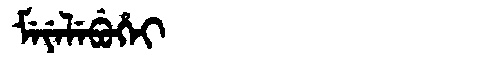
Manchu: ᠮᡝᠶᡝᠯᡝᠪᡠᡥᡝᡳ
Romanization: MEYELEBUHEI